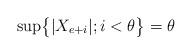
LaTeX: \begin{align*}\sup\bigr\{|X_{e+i}|;i<\theta\bigr\}=\theta\end{align*}